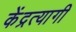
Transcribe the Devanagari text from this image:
केंद्रत्यागी